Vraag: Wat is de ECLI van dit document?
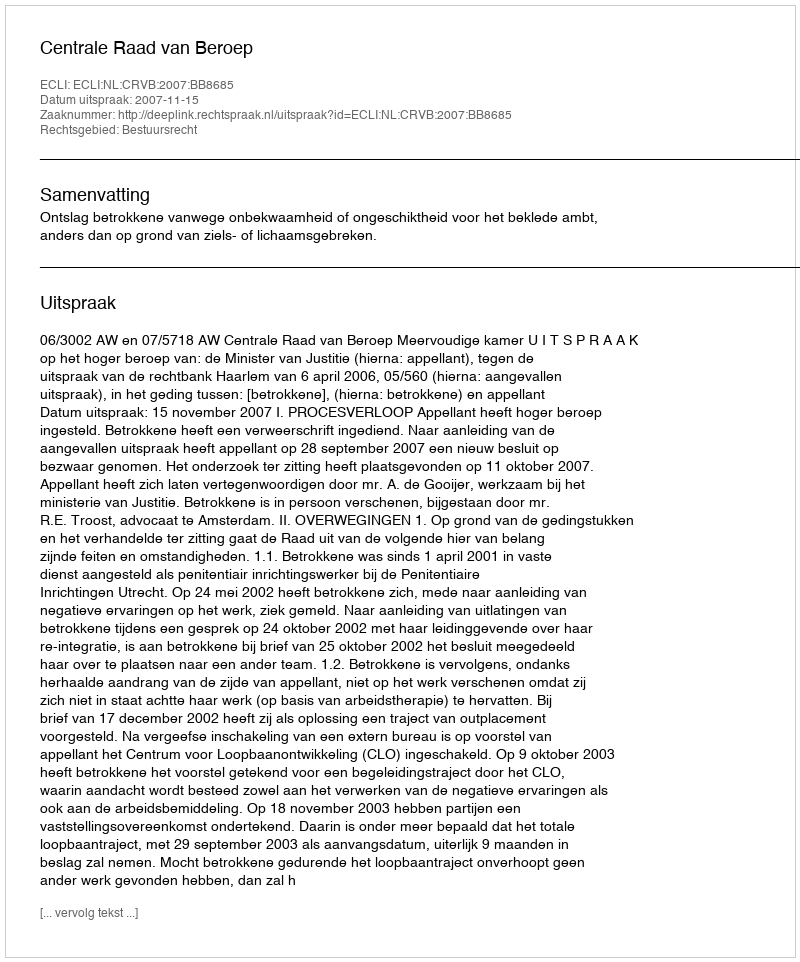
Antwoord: ECLI:NL:CRVB:2007:BB8685